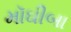
મૉઘીબા